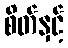
စိတ်နှင့်